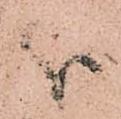
義